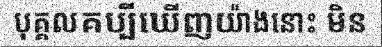
បុគ្គលគប្បីឃើញយ៉ាងនោះ មិន